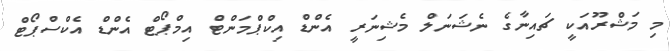
މި މަޝްރޫއަކީ ޗައިނާގެ ނެޝަނަލް މެޝިނަރީ އެންޑް އިކްޕްމަންޓް އިމްޕޯޓް އެންޑް އެކްސްޕޯޓް